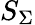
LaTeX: S_{\Sigma}